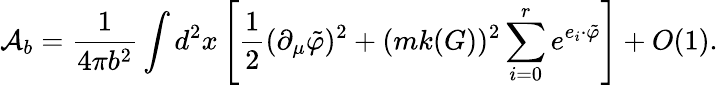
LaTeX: {\cal A}_{b}=\frac{1}{4\pi b^{2}}\int d^{2}x\left[\frac 1{2}(\partial_{\mu}\tilde{\varphi})^{2}+(mk(G))^{2}\sum_{i=0}^{r}e^{e_{i}\cdot\tilde{\varphi}}\right]+O(1).